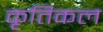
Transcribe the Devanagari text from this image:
कृतिकल